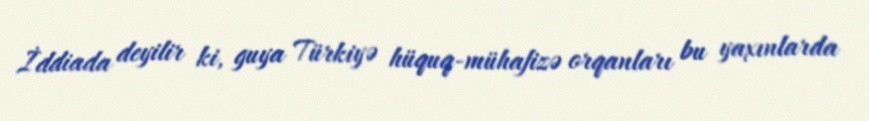
İddiada deyilir ki, guya Türkiyə hüquq-mühafizə orqanları bu yaxınlarda